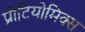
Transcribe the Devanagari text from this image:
प्रोटियोमिक्स